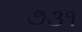
૭૩૧